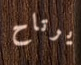
يرتاح